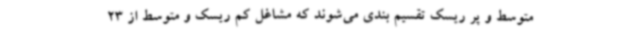
متوسط و پر ریسک تقسیم بندی می‌شوند که مشاغل کم ریسک و متوسط از 23